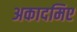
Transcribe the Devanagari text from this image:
अकादमिए